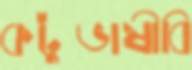
কটুভাষীবি